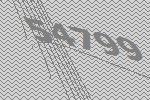
54799